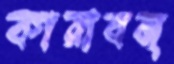
কারাবন্